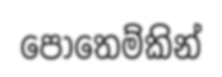
පොතෙම්කින්